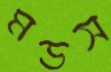
মডস